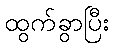
ထွက်ခွာပြီး